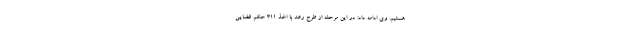
هستیم. وی ادامه داد: در این مرحله از طرح رعد با اخذ ۳۱۱ حکم قضایی